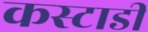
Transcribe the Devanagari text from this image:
कस्टाडी